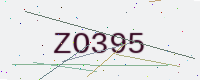
Text: ZO395